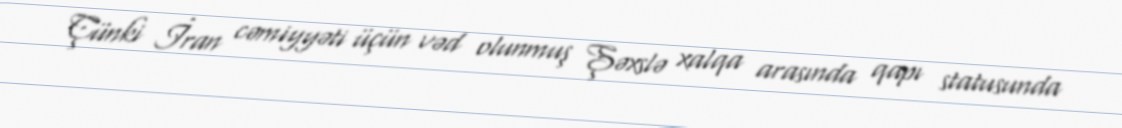
Çünki İran cəmiyyəti üçün vəd olunmuş Şəxslə xalqa arasında qapı statusunda